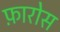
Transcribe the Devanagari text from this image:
फ़ारोस